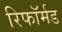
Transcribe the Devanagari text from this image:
रिफॉर्मड